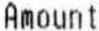
AMOUNT